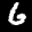
Label: 6